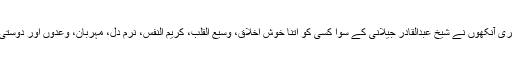
شیخ معمربیان کرتے ہیں کہ’’میری آنکھوں نے شیخ عبدالقادر جیلانی کے سوا کسی کو اتنا خوش اخلاق، وسیع القلب، کریم النفس، نرم دل، مہربان، وعدوں اور دوستی کا پاس رکھنے والا نہیں دیکھا۔